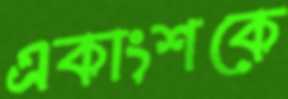
একাংশকে